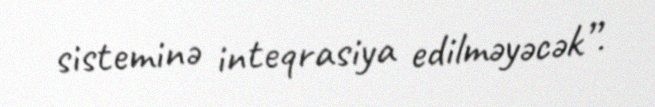
sisteminə inteqrasiya edilməyəcək”.